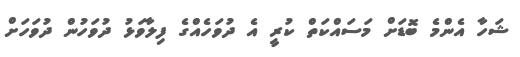
ޝަހާ އެންމެ ބޮޑަށް މަސައްކަތް ކުރީ އެ ދުވަހެއްގެ ފިލާވަޅު ދުވަހުން ދުވަހަށް